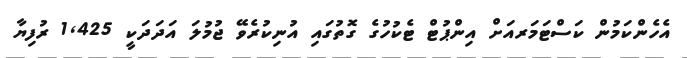
އެހެންކަމުން ކަސްޓަމަރއަށް އިންޕުޓް ޓެކުހުގެ ގޮތުގައި އުނިކުރެވޭ ޖުމުލަ އަދަދަކީ 1